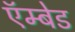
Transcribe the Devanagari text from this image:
ऍम्बेड